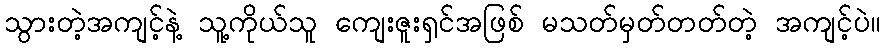
သွားတဲ့အကျင့်နဲ့ သူ့ကိုယ်သူ ကျေးဇူးရှင်အဖြစ် မသတ်မှတ်တတ်တဲ့ အကျင့်ပဲ။